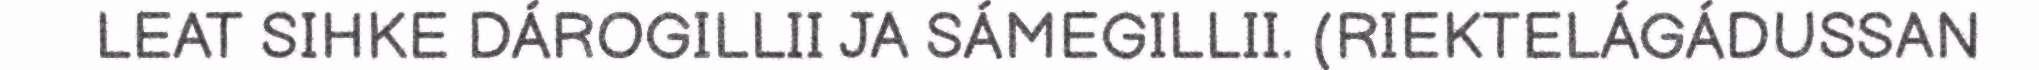
LEAT SIHKE DÁROGILLII JA SÁMEGILLII. (RIEKTELÁGÁDUSSAN